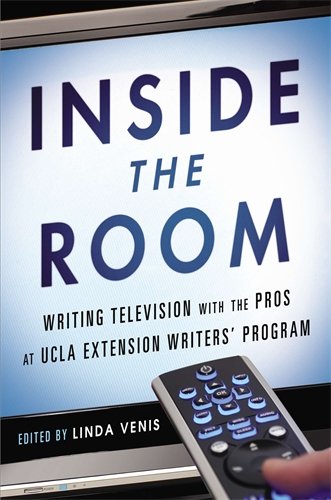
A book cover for Inside the Room: Writing Television with the Pros at UCLA Extension Writers' Program; Linda Venis; Humor & Entertainment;